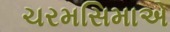
ચરમસિમાએ